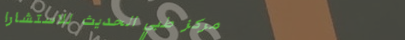
مركز طبي الحديث للاستشارا